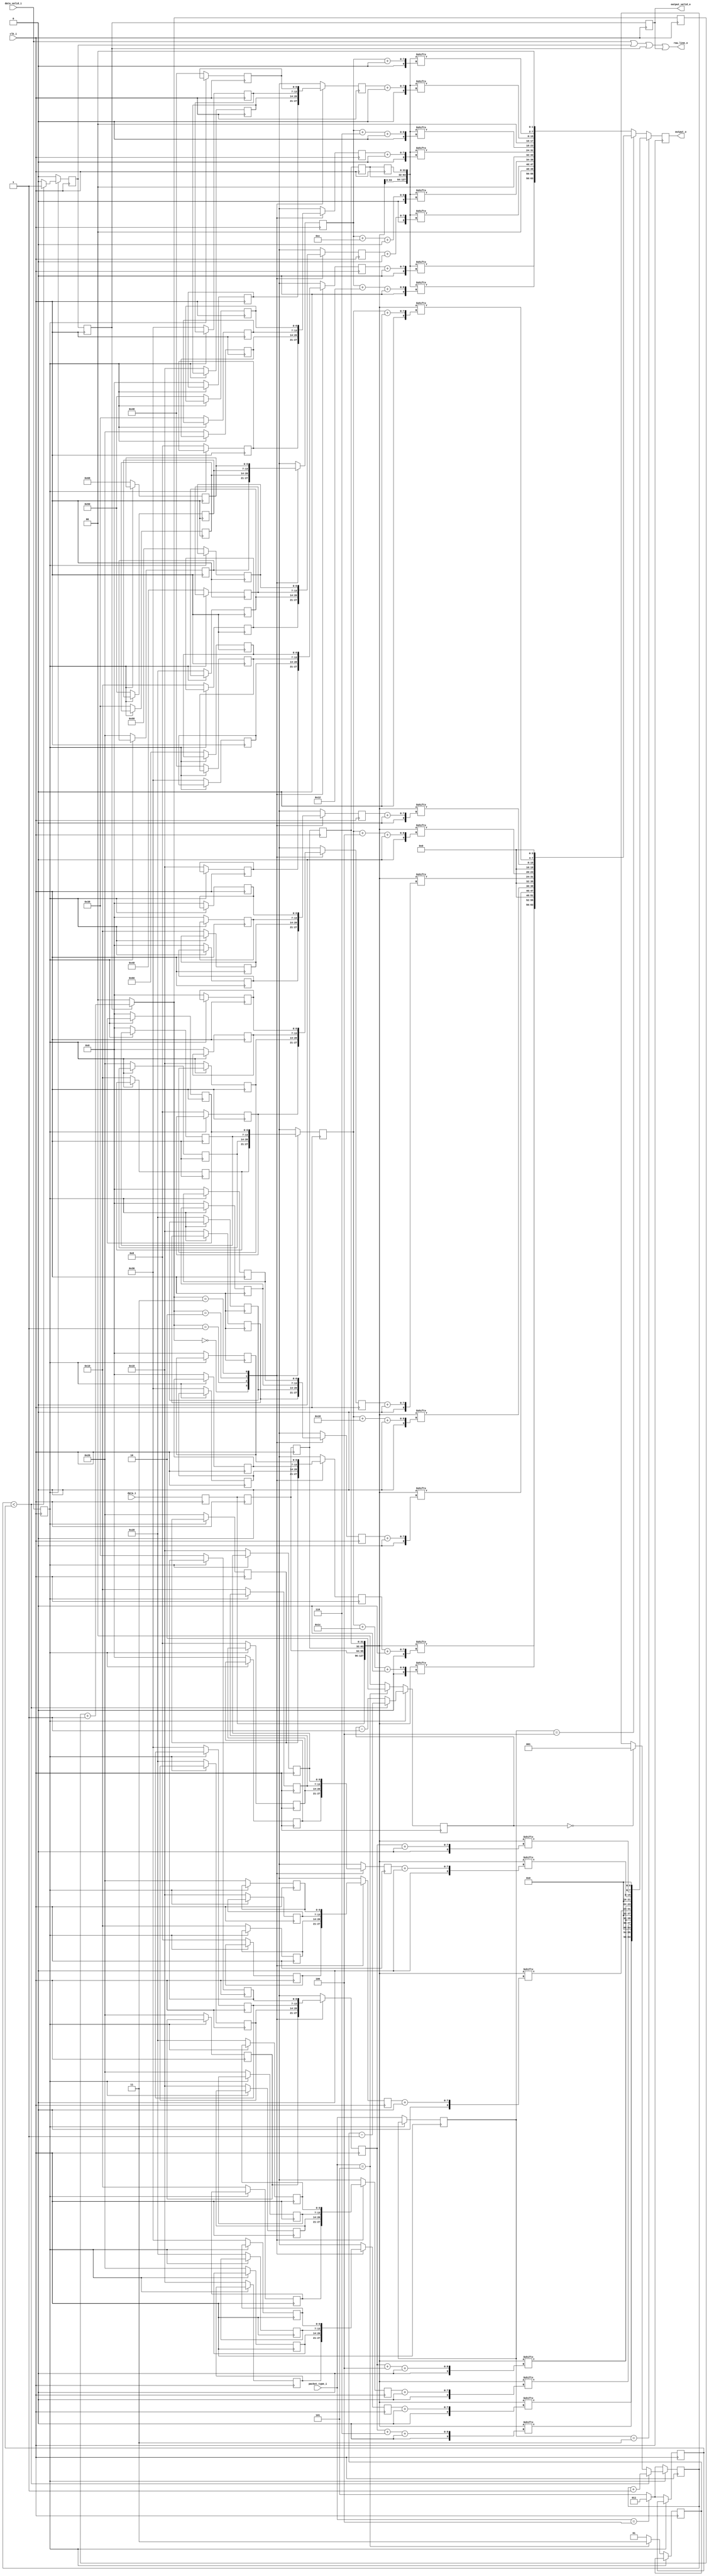
`timescale 1ns/1ns

/*
MIPI CSI RX to Parallel Bridge (c) by Gaurav Singh www.CircuitValley.com

MIPI CSI RX to Parallel Bridge is licensed under a
Creative Commons Attribution 3.0 Unported License.

You should have received a copy of the license along with this
work.  If not, see <http://creativecommons.org/licenses/by/3.0/>.
*/

/*
Receives 4 lane raw mipi bytes from packet decoder, rearrange bytes to output 8 pixel 16bit each 
output is one clock cycle delayed, because the way , MIPI RAW is packed 
output come in chunk on each clock cycle, output_valid_o remains active only while 20 pixel chunk is outputted 
*/

module mipi_csi_rx_raw_depacker_8b4lane #(parameter PIXEL_WIDTH=16) (clk_i,
								data_valid_i,
								data_i,
								packet_type_i,
								raw_line_o,
								output_valid_o,
								output_o);

localparam [7:0]MIPI_GEAR = 8;
localparam [3:0]LANES = 3'h4;
localparam [3:0]PIXEL_PER_CLK = 4;

localparam [7:0]MIPI_CSI_PACKET_10bRAW = 8'h2B;
localparam [7:0]MIPI_CSI_PACKET_12bRAW = 8'h2C;
localparam [7:0]MIPI_CSI_PACKET_14bRAW = 8'h2D;

input clk_i;
input data_valid_i;
input [((MIPI_GEAR * LANES) - 1'h1) : 0]data_i;
input [2:0]packet_type_i;

output reg output_valid_o;
output reg [((PIXEL_WIDTH * PIXEL_PER_CLK) - 1) :0]output_o;
output raw_line_o;

reg [6:0]index_table_pixel_0[3:0];
reg [6:0]index_table_pixel_1[3:0];
reg [6:0]index_table_pixel_2[3:0];
reg [6:0]index_table_pixel_3[3:0];
reg [6:0]index_table_pixel_lsb1[3:0];

reg [6:0]offset_pixel_0;
reg [6:0]offset_pixel_1;
reg [6:0]offset_pixel_2;
reg [6:0]offset_pixel_3;
reg [6:0]offset_pixel_lsb1;

reg [6:0]index_table12_pixel_0[3:0];
reg [6:0]index_table12_pixel_1[3:0];
reg [6:0]index_table12_pixel_2[3:0];
reg [6:0]index_table12_pixel_3[3:0];
reg [6:0]index_table12_pixel_lsb1[3:0];

reg [6:0]offset12_pixel_0;
reg [6:0]offset12_pixel_1;
reg [6:0]offset12_pixel_2;
reg [6:0]offset12_pixel_3;
reg [6:0]offset12_pixel_lsb1;

reg [6:0]index_table14_pixel_0[3:0];
reg [6:0]index_table14_pixel_1[3:0];
reg [6:0]index_table14_pixel_2[3:0];
reg [6:0]index_table14_pixel_3[3:0];
reg [6:0]index_table14_pixel_lsb1[3:0];

reg [6:0]offset14_pixel_0;
reg [6:0]offset14_pixel_1;
reg [6:0]offset14_pixel_2;
reg [6:0]offset14_pixel_3;
reg [6:0]offset14_pixel_lsb1;

reg [1:0]offset_index;


reg [2:0]byte_count;
reg [1:0]idle_count;

reg data_valid_reg;
reg [((MIPI_GEAR * LANES) - 1'h1):0]data_reg;
reg [((MIPI_GEAR * LANES) - 1'h1):0]last_data_i[4:0];

reg [2:0]burst_length_reg;
reg [1:0]idle_length_reg;
reg [2:0]packet_type_reg;


wire [2:0]burst_length;
wire [1:0]idle_length;
wire [((MIPI_GEAR * LANES * 4) - 1'h1) :0]pipe; //combined current and last input data byte, total 4 sample of input data are in pipe
wire [((MIPI_GEAR * LANES * 4) - 1'h1) :0]pipe14; //combined current and last input data byte, total 4 sample of input data are in pipe

reg [((PIXEL_WIDTH * PIXEL_PER_CLK) - 1'h1) :0]output_10b;
reg [((PIXEL_WIDTH * PIXEL_PER_CLK) - 1'h1) :0]output_12b;
reg [((PIXEL_WIDTH * PIXEL_PER_CLK) - 1'h1) :0]output_14b;
reg output_valid_reg;
reg output_valid_reg_2;

assign pipe = {data_reg , last_data_i[0], last_data_i[1], last_data_i[2]}; //would need last bytes as well as current data to get full 8 pixel , with 16x gering bytes are arrange as [bb,aa]

assign pipe14 = {last_data_i[1], last_data_i[2], last_data_i[3], last_data_i[4]}; //would need last bytes as well as current data to get full 8 pixel , with 16x gering bytes are arrange as [bb,aa]


assign burst_length =  (packet_type_i == (MIPI_CSI_PACKET_12bRAW & 8'h07))? 3'd3:3'd5; //active + 1

assign idle_length =  (packet_type_i == (MIPI_CSI_PACKET_14bRAW & 8'h07))? 2'd3: 2'd1; //incative


assign raw_line_o = data_valid_i| output_valid_reg | output_valid_reg_2 | output_valid_o;

always @(*)
begin
    output_10b[(PIXEL_WIDTH * 3)   +: PIXEL_WIDTH] =    {pipe [offset_pixel_3   +:8],   pipe[(offset_pixel_lsb1 + 6)    +:2],  {(PIXEL_WIDTH - 10){1'b0}}};             //lane 2 //add ( PIXEL_WIDTH - 10 ) padding in the LSbits
    output_10b[(PIXEL_WIDTH * 2)   +: PIXEL_WIDTH] =    {pipe [offset_pixel_2   +:8],   pipe[(offset_pixel_lsb1 + 4)    +:2],  {(PIXEL_WIDTH - 10){1'b0}}};             //lane 2 //add ( PIXEL_WIDTH - 10 ) padding in the LSbits
    output_10b[(PIXEL_WIDTH)       +: PIXEL_WIDTH] =    {pipe [offset_pixel_1   +:8],   pipe[(offset_pixel_lsb1 + 4)    +:2],  {(PIXEL_WIDTH - 10){1'b0}}};             //lane 2 //add ( PIXEL_WIDTH - 10 ) padding in the LSbits
    output_10b[0                   +: PIXEL_WIDTH] =    {pipe [offset_pixel_0   +:8],   pipe[(offset_pixel_lsb1    )    +:2],  {(PIXEL_WIDTH - 10){1'b0}}};             //lane 1 first pixel on wire
        //RAW10 additional LSbits  are as follow [ pixel3 pixel2 pixel 1 pixel0]

    output_12b[(PIXEL_WIDTH * 3)   +: PIXEL_WIDTH] =    {pipe [offset12_pixel_3 +:8],   pipe[(offset12_pixel_lsb1 + 28) +:4],  {(PIXEL_WIDTH - 12){1'b0}}};
    output_12b[(PIXEL_WIDTH * 2)   +: PIXEL_WIDTH] =    {pipe [offset12_pixel_2 +:8],   pipe[(offset12_pixel_lsb1 + 24) +:4],  {(PIXEL_WIDTH - 12){1'b0}}};
    output_12b[(PIXEL_WIDTH)       +: PIXEL_WIDTH] =    {pipe [offset12_pixel_1 +:8],   pipe[(offset12_pixel_lsb1 + 4)  +:4],  {(PIXEL_WIDTH - 12){1'b0}}};
    output_12b[0                   +: PIXEL_WIDTH] =    {pipe [offset12_pixel_0 +:8],   pipe[(offset12_pixel_lsb1    )  +:4],  {(PIXEL_WIDTH - 12){1'b0}}};             //lane 1 first pixel on wire
        //RAW12 additional LSbits  are as follow [pixel 1 pixel0]

	output_14b[(PIXEL_WIDTH * 3)   +: PIXEL_WIDTH] =    {pipe14 [offset14_pixel_3 +:8],   pipe14[(offset14_pixel_lsb1 + 18) +:6],  {(PIXEL_WIDTH - 14){1'b0}}};
	output_14b[(PIXEL_WIDTH * 2)   +: PIXEL_WIDTH] =    {pipe14 [offset14_pixel_2 +:8],   pipe14[(offset14_pixel_lsb1 + 12) +:6],  {(PIXEL_WIDTH - 14){1'b0}}};
	output_14b[(PIXEL_WIDTH)       +: PIXEL_WIDTH] =    {pipe14 [offset14_pixel_1 +:8],   pipe14[(offset14_pixel_lsb1 + 6 ) +:6],  {(PIXEL_WIDTH - 14){1'b0}}};
	output_14b[0                   +: PIXEL_WIDTH] =    {pipe14 [offset14_pixel_0 +:8],   pipe14[(offset14_pixel_lsb1     ) +:6],  {(PIXEL_WIDTH - 14){1'b0}}};             //lane 1 first pixel on wire			
	
end

always @(posedge clk_i)
begin


        if (packet_type_reg == (MIPI_CSI_PACKET_10bRAW & 8'h07))
        begin
                output_o <= output_10b;
        end
        else if (packet_type_reg == (MIPI_CSI_PACKET_12bRAW & 8'h07))
        begin
                output_o <= output_12b;
        end
        else // if (packet_type_i == (MIPI_CSI_PACKET_14bRAW & 8'h07))
        begin
                output_o <= output_14b;
        end

end



always @(posedge clk_i)
begin

                output_valid_reg_2 <= output_valid_reg;
                output_valid_o <= output_valid_reg_2;

                if (output_valid_reg_2)
                begin
                        offset_index = offset_index + 1;
                end
                else
                begin
                        offset_index = 0;
                end

                offset_pixel_0 <= index_table_pixel_0[offset_index];
                offset_pixel_1 <= index_table_pixel_1[offset_index];
                offset_pixel_2 <= index_table_pixel_2[offset_index];
                offset_pixel_3 <= index_table_pixel_3[offset_index];
                offset_pixel_lsb1 <= index_table_pixel_lsb1[offset_index];

                offset12_pixel_0 <= index_table12_pixel_0[offset_index];
                offset12_pixel_1 <= index_table12_pixel_1[offset_index];
				offset12_pixel_2 <= index_table12_pixel_2[offset_index];
				offset12_pixel_3 <= index_table12_pixel_3[offset_index];
                offset12_pixel_lsb1 <= index_table12_pixel_lsb1[offset_index];


                offset14_pixel_0 <= index_table14_pixel_0[offset_index];
                offset14_pixel_1 <= index_table14_pixel_1[offset_index];
				offset14_pixel_2 <= index_table14_pixel_2[offset_index];
				offset14_pixel_3 <= index_table14_pixel_3[offset_index];
                offset14_pixel_lsb1 <= index_table14_pixel_lsb1[offset_index];

end

always @(posedge clk_i )
begin

        if (data_valid_reg)
        begin

                if (byte_count < (burst_length_reg))
                begin
                        byte_count <= byte_count + 1'd1;
                        idle_count <= idle_length_reg - 1'b1;

                        output_valid_reg <= 1'b1;

                end
                else
                begin
                        idle_count <= idle_count - 1'b1;
                        if (!idle_count)
                        begin
                                byte_count <= 4'b1;             //set to 1 to enable output_valid_o with next edge
                        end

                        output_valid_reg <= 1'h0;
                end

        end
        else
        begin

                byte_count <= burst_length;

                index_table_pixel_0[0] <= 0;
                index_table_pixel_0[1] <= 8;
                index_table_pixel_0[2] <= 16;
                index_table_pixel_0[3] <= 24;

                index_table_pixel_1[0] <= 8;
                index_table_pixel_1[1] <= 16;
                index_table_pixel_1[2] <= 24;
                index_table_pixel_1[3] <= 32;

                index_table_pixel_2[0] <= 16;
                index_table_pixel_2[1] <= 24;
                index_table_pixel_2[2] <= 32;
                index_table_pixel_2[3] <= 40;

                index_table_pixel_3[0] <= 24;
                index_table_pixel_3[1] <= 32;
                index_table_pixel_3[2] <= 40;
                index_table_pixel_3[3] <= 48;

                index_table_pixel_lsb1[0] <= 32;
                index_table_pixel_lsb1[1] <= 40;
                index_table_pixel_lsb1[2] <= 48;
                index_table_pixel_lsb1[3] <= 56;


                index_table12_pixel_0[0] <= 0;      //12b has burst of only 2 , only  2 indexes matter
                index_table12_pixel_0[1] <= 16;
                index_table12_pixel_0[2] <= 0;
                index_table12_pixel_0[3] <= 0;

                index_table12_pixel_1[0] <= 8;
                index_table12_pixel_1[1] <= 24;
                index_table12_pixel_1[2] <= 0;
                index_table12_pixel_1[3] <= 0;

                index_table12_pixel_2[0] <= 24;
                index_table12_pixel_2[1] <= 40;
                index_table12_pixel_2[2] <= 0;
                index_table12_pixel_2[3] <= 0;

                index_table12_pixel_3[0] <= 32;
                index_table12_pixel_3[1] <= 48;
                index_table12_pixel_3[2] <= 0;
                index_table12_pixel_3[3] <= 0;


                index_table12_pixel_lsb1[0] <= 16;
                index_table12_pixel_lsb1[1] <= 32;
                index_table12_pixel_lsb1[2] <= 0;
                index_table12_pixel_lsb1[3] <= 0;


                index_table14_pixel_0[0] <= 0;
                index_table14_pixel_0[1] <= 24;
                index_table14_pixel_0[2] <= 48;
                index_table14_pixel_0[3] <= 72;

                index_table14_pixel_1[0] <= 8;
                index_table14_pixel_1[1] <= 32;
                index_table14_pixel_1[2] <= 56;
                index_table14_pixel_1[3] <= 80;


                index_table14_pixel_2[0] <= 16;
                index_table14_pixel_2[1] <= 40;
                index_table14_pixel_2[2] <= 64;
                index_table14_pixel_2[3] <= 88;

                index_table14_pixel_3[0] <= 24;
                index_table14_pixel_3[1] <= 48;
                index_table14_pixel_3[2] <= 72;
                index_table14_pixel_3[3] <= 96;

                index_table14_pixel_lsb1[0] <= 32;
                index_table14_pixel_lsb1[1] <= 56;
                index_table14_pixel_lsb1[2] <= 80;
                index_table14_pixel_lsb1[3] <= 104;


                if (packet_type_i == (MIPI_CSI_PACKET_14bRAW & 8'h07))          // for 14bit need to wait for 3 sample while 12bit and 10bit only need 1 sample delay
                begin
                        idle_count <= 3'd2;
                end
                else
                begin
                        idle_count <= 3'b0;     //need to be zero to wait for 1 sample after data become valid
                end

                output_valid_reg <= 1'h0;
                burst_length_reg <= burst_length;
                idle_length_reg <= idle_length;
                packet_type_reg <= packet_type_i;
        end
end

always @(posedge clk_i)
begin
                data_valid_reg <= data_valid_i;
                data_reg <= data_i;

                last_data_i[0] <= data_reg;
                last_data_i[1] <= last_data_i[0];
                last_data_i[2] <= last_data_i[1];
				last_data_i[3] <= last_data_i[2];
				last_data_i[4] <= last_data_i[3];
end

endmodule